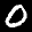
Label: 0